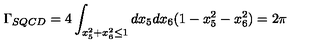
\Gamma _ { S Q C D } = 4 \int _ { x _ { 5 } ^ { 2 } + x _ { 6 } ^ { 2 } \le 1 } d x _ { 5 } d x _ { 6 } ( 1 - x _ { 5 } ^ { 2 } - x _ { 6 } ^ { 2 } ) = 2 \pi